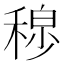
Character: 𫀾